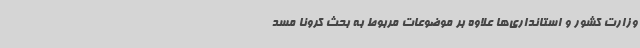
وزارت کشور و استانداری‌ها علاوه بر موضوعات مربوط به بحث کرونا مسد